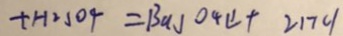
+ H _ { 2 } S O _ { 4 } = B a J O _ { 4 } \downarrow + 2 1 7 c \vert